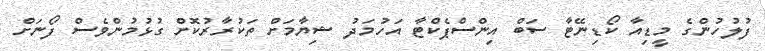
ފުލުހުންގެ މީޑިއާ ކޯޑިނޭޓާ ސަބް އިންސްޕެކްޓާ އަހުމަދު ޝިޔާމަށް ތަކުރާރުކޮށް ގުޅުމުންވެސް ފޯނަށް